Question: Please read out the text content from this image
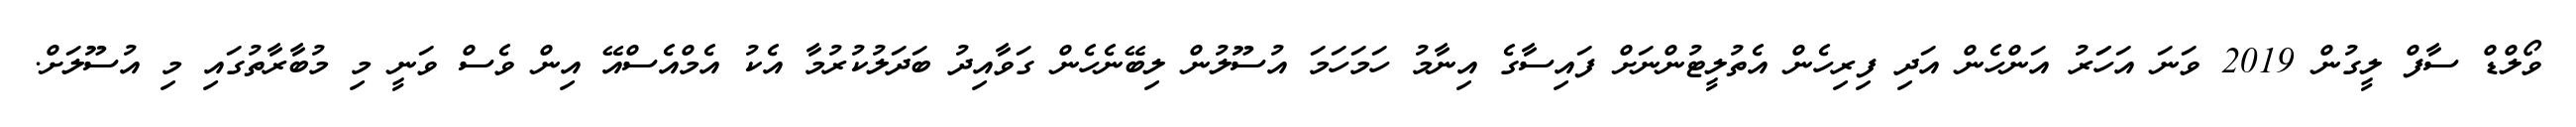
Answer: ވޯލްޑް ސާފް ލީގުން 2019 ވަނަ އަހަަރު އަންހެން އަދި ފިރިހެން އެތުލީޓުންނަށް ފައިސާގެ އިނާމު ހަމަހަމަ އުސޫލުން ލިބޭނެހެން ގަވާއިދު ބަދަލުކުރުމާ އެކު އެމްއެސްއޭ އިން ވެސް ވަނީ މި މުބާރާތުގައި މި އުސޫލަށް.